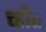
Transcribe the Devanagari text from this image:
च्होत